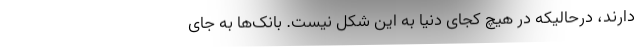
دارند، درحالیکه در هیچ کجای دنیا به این شکل نیست. بانک‌ها به جای